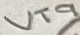
Text: VT9